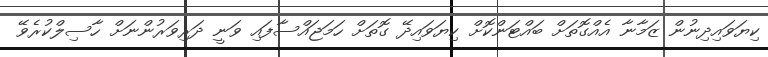
ކިޔަވައިދިނުން ޒަމާނާ އެއްގޮތަށް ބައްޓަންކޮށް ކިޔަވައިދޭ ގޮތަށް ހަމަޖައްސާފައި ވަނީ ދަރިވަރުންނަށް ހާސިލްކުރެވޭ